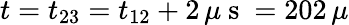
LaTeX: t=t_{23}=t_{12}+2\, \mu\mathrm{~s~}=202\, \mu